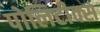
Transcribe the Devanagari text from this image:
पोलिटीक्स